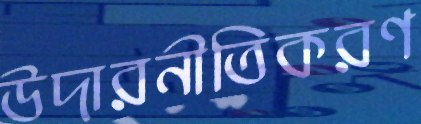
উদারনীতিকরণ